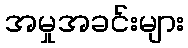
အမှုအခင်းများ